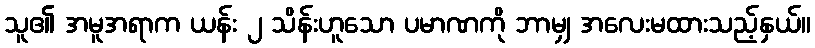
သူ၏ အမူအရာက ယန်း ၂ သိန်းဟူသော ပမာဏကို ဘာမျှ အလေးမထားသည့်နှယ်။